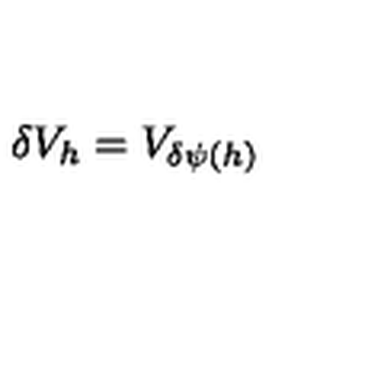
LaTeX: \delta V _ { h } = V _ { \delta \psi ( h ) }